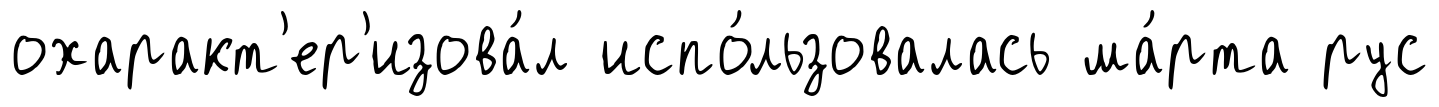
охаракт'ер'изова́л испо́льзовалась ма́рта рус